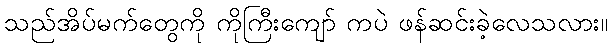
သည်အိပ်မက်တွေကို ကိုကြီးကျော် ကပဲ ဖန်ဆင်းခဲ့လေသလား။